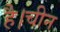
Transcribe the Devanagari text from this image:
है।चीन